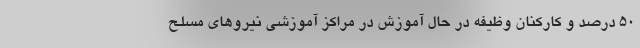
۵۰ درصد و کارکنان وظیفه در حال آموزش در مراکز آموزشی نیروهای مسلح